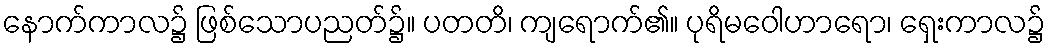
နောက်ကာလ၌ ဖြစ်သောပညတ်၌။ ပတတိ၊ ကျရောက်၏။ ပုရိမဝေါဟာရော၊ ရှေးကာလ၌